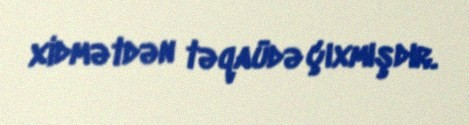
xidmətdən təqaüdə çıxmışdır.